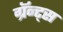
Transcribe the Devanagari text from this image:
ग्रॅन्ट्स